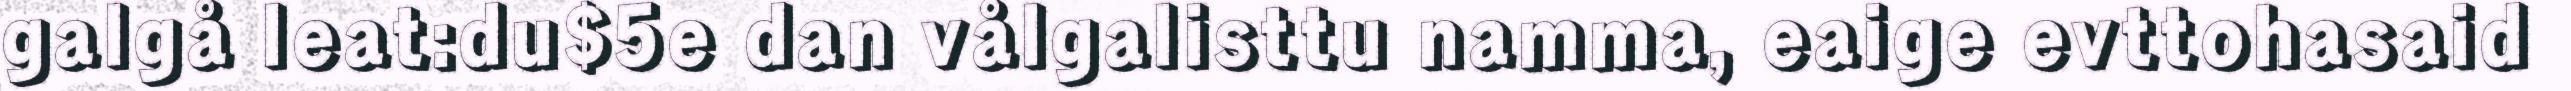
galgå leat:du$5e dan vålgalisttu namma, eaige evttohasaid